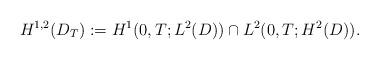
LaTeX: \begin{align*} H^{1,2}(D_T):= H^1(0,T;L^2(D))\cap L^2(0,T;H^2(D)).\end{align*}